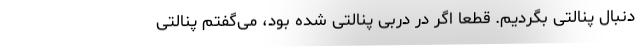
دنبال پنالتی بگردیم. قطعاً اگر در دربی پنالتی شده بود، می‌گفتم پنالتی